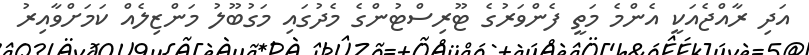
އަދި ރާއްޖެއަކީ އެންމެ މަތީ ފެންވަރުގެ ޓޫރިސްޓުންގެ މެދުގައި މަގުބޫލު މަންޒިލެއް ކަމަށްވާއިރު